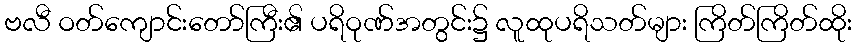
ဗလီ ဝတ်ကျောင်းတော်ကြီး၏ ပရိဝုဏ်အတွင်း၌ လူထုပရိသတ်များ ကြိတ်ကြိတ်ထိုး